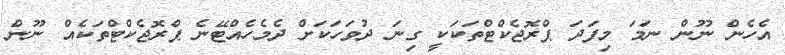
އެހެން ނޫން ނަމަ މިފަދަ ޕްރޮޖެކްޓްތަކަކީ ގިނަ ދުވަހަކަށް ދެމެހެއްޓޭނެ ޕްރޮޖެކްޓްތަކެއް ނޫން